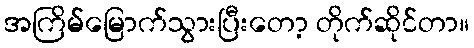
အကြိမ်မြောက်သွားပြီးတော့ တိုက်ဆိုင်တာ။